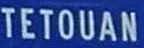
TETOUAN